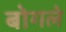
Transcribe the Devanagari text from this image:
बोगले